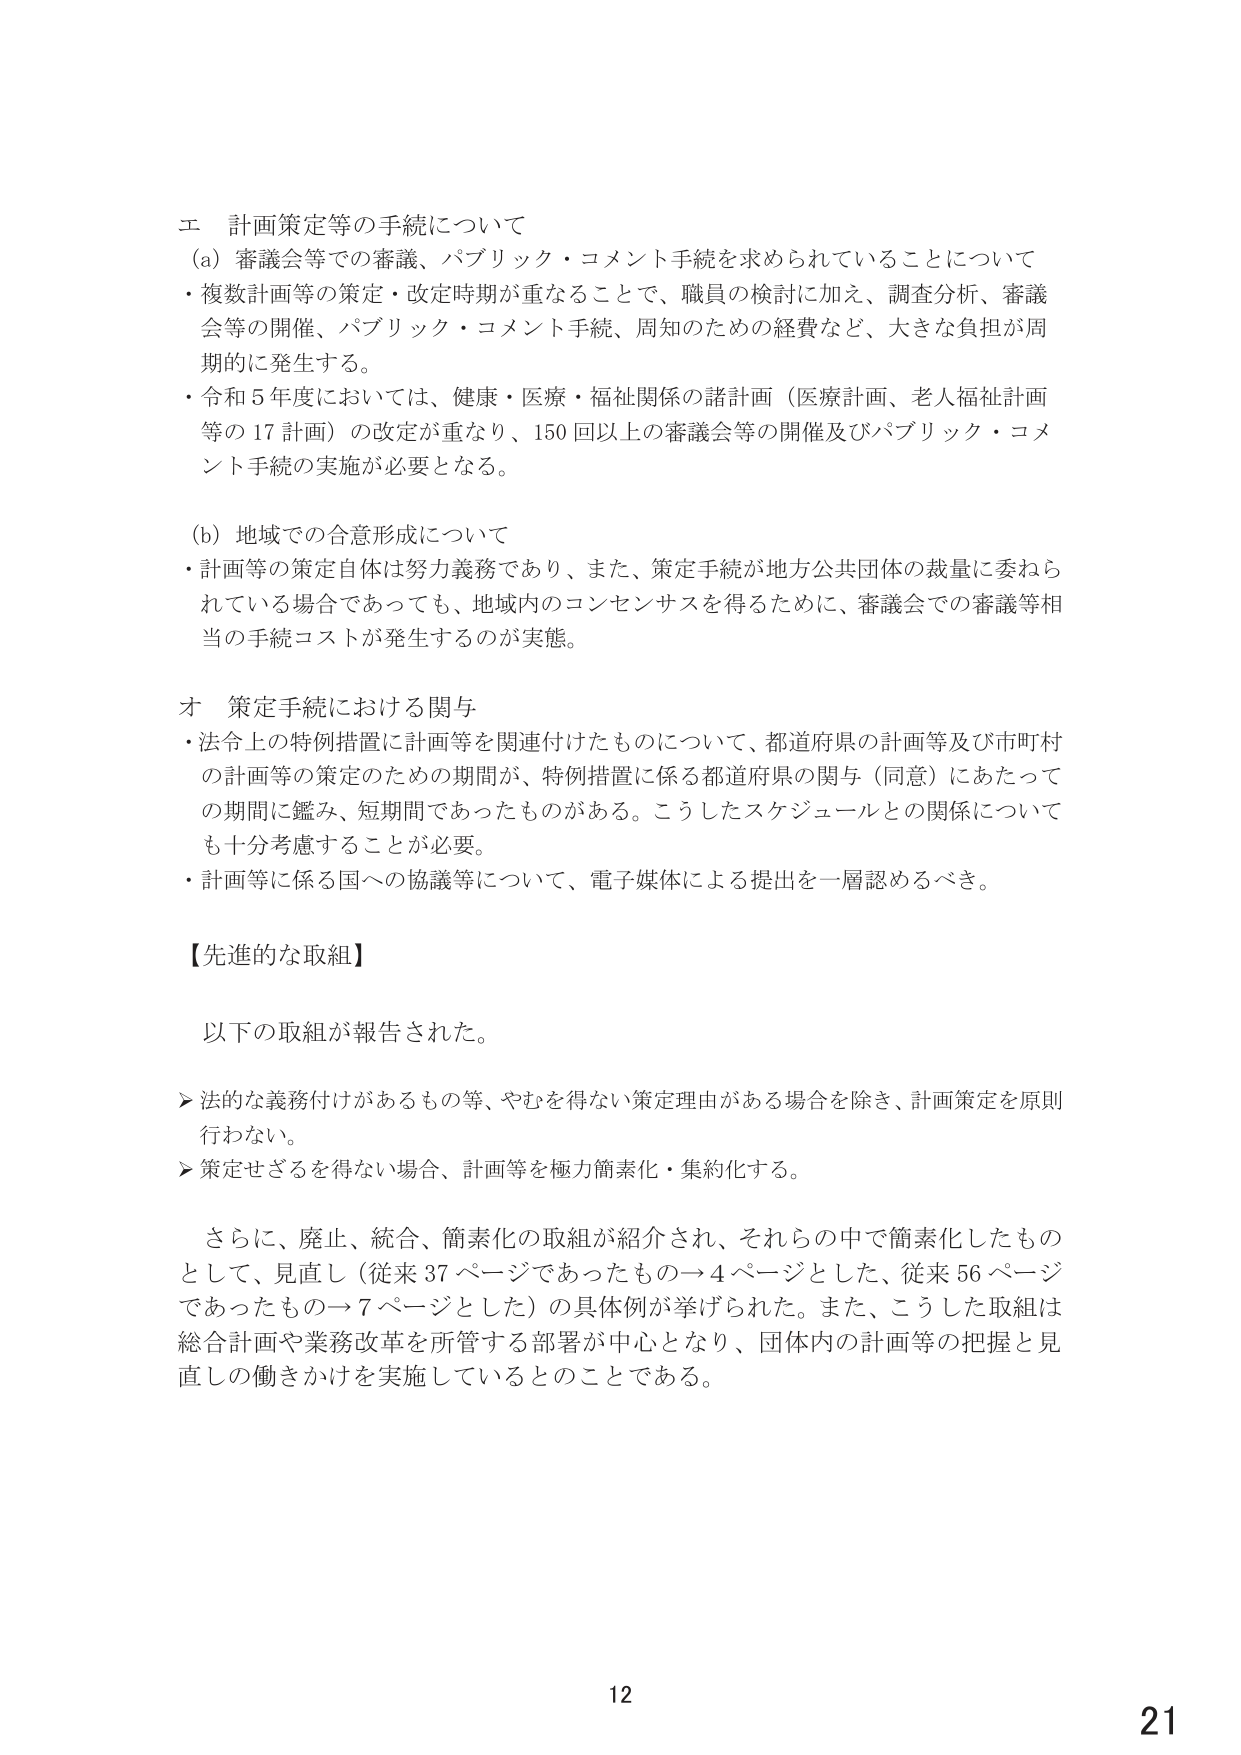
エ 計画策定等の手続について
(a) 審議会等での審議、パブリック・コメント手続を求められていることについて
・複数計画等の策定・改定時期が重なることで、職員の検討に加え、調査分析、審議会等の開催、パブリック・コメント手続、周知のための経費など、大きな負担が周期的に発生する。
・令和5年度においては、健康・医療・福祉関係の諸計画（医療計画、老人福祉計画等の17計画）の改定が重なり、150回以上の審議会等の開催及びパブリック・コメント手続の実施が必要となる。

(b) 地域での合意形成について
・計画等の策定自体は努力義務であり、また、策定手続が地方公共団体の裁量に委ねられている場合であっても、地域内のコンセンサスを得るために、審議会での審議等相当の手続コストが発生するのが実態。

オ 策定手続における関与
・法令上の特例措置に計画等を関連付けたものについて、都道府県の計画等及び市町村の計画等の策定のための期間が、特例措置に係る都道府県の関与（同意）にあたっての期間に鑑み、短期間であったものがある。こうしたスケジュールとの関係についても十分考慮することが必要。
・計画等に係る国への協議等について、電子媒体による提出を一層認めるべき。

【先進的な取組】
以下の取組が報告された。
▶ 法的な義務付けがあるもの等、やむを得ない策定理由がある場合を除き、計画策定を原則行わない。
▶ 策定せざるを得ない場合、計画等を極力簡素化・集約化する。

さらに、廃止、統合、簡素化の取組が紹介され、それらの中で簡素化したものとして、見直し（従来37ページであったもの→4ページとした、従来56ページであったもの→7ページとした）の具体例が挙げられた。また、こうした取組は総合計画や業務改革を所管する部署が中心となり、団体内の計画等の把握と見直しの働きかけを実施しているとのことである。

12
21